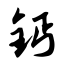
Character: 钙